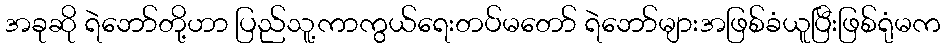
အခုဆို ရဲဘော်တို့ဟာ ပြည်သူ့ကာကွယ်ရေးတပ်မတော် ရဲဘော်များအဖြစ်ခံယူပြီးဖြစ်ရုံမက